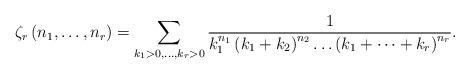
LaTeX: \begin{align*}\zeta_{r}\left(n_{1},\dots,n_{r}\right)=\sum_{k_{1}>0,\dots,k_{r}>0}\frac{1}{k_{1}^{n_{1}}\left(k_{1}+k_{2}\right)^{n_{2}}\dots\left(k_{1}+\dots+k_{r}\right)^{n_{r}}}.\end{align*}